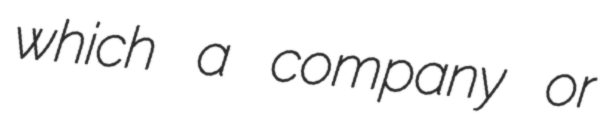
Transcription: which a company or